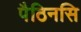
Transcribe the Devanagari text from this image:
पैठिनसि